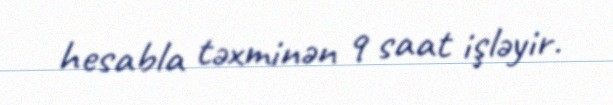
hesabla təxminən 9 saat işləyir.